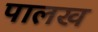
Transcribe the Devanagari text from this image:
पालख